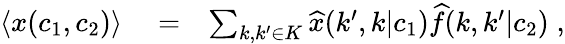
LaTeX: \begin{array}{rlr}{\langle x(c_{1},c_{2})\rangle}&{{}=}&{\sum_{k,k^{\prime}\in K}{\widehat x}(k^{\prime},k|c_{1}){\widehat f}(k,k^{\prime}|c_{2})\; ,}\end{array}